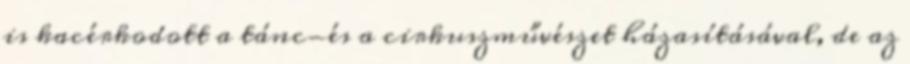
is kacérkodott a tánc-és a cirkuszművészet házasításával, de az